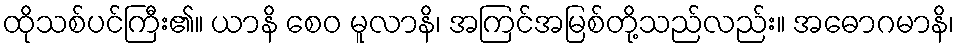
ထိုသစ်ပင်ကြီး၏။ ယာနိ စေဝ မူလာနိ၊ အကြင်အမြစ်တို့သည်လည်း။ အဓောဂမာနိ၊